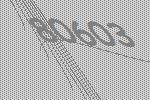
80603